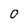
Character: 0